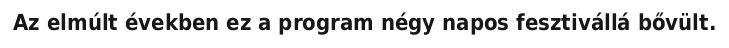
Az elmúlt években ez a program négy napos fesztivállá bővült.